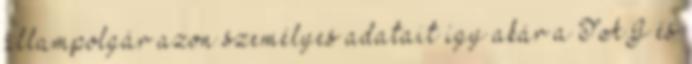
állampolgár azon személyes adatait így akár a TAJ és